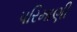
પરિમાણી